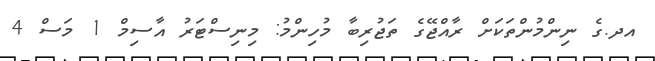
އދ.ގެ ނިންމުންތަކަށް ރާއްޖޭގެ ތަޖުރިބާ މުހިންމު: މިނިސްޓަރު އާސިމް 1 މަސް 4